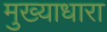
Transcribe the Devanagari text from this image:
मुख्याधारा